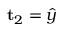
\mathbf { t } _ { 2 } = \hat { y }